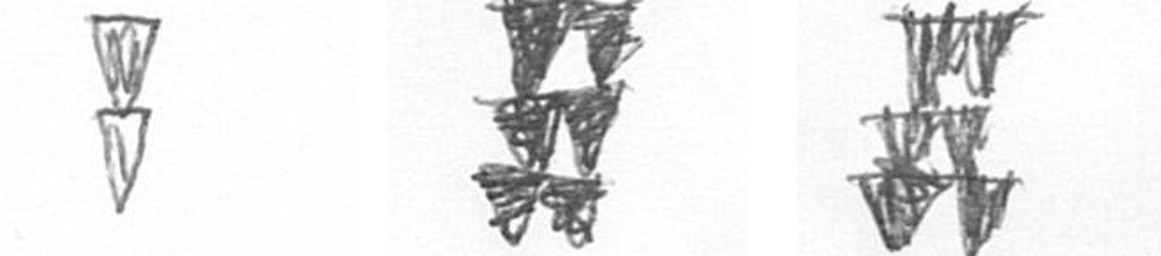
Z Y Y